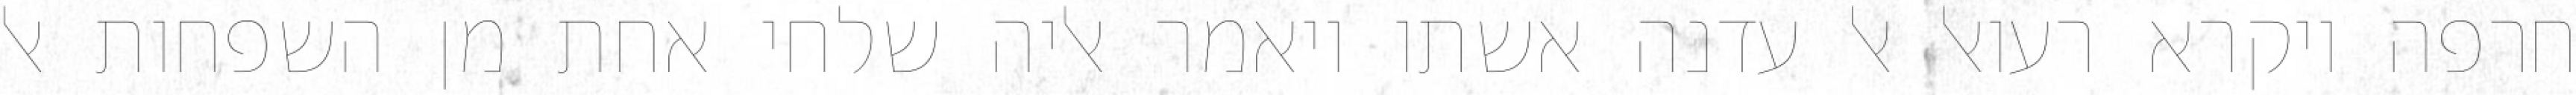
חרפה ויקרא רעואל אל עדנה אשתו ויאמר אליה שלחי אחת מן השפחות אל